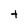
Character: t